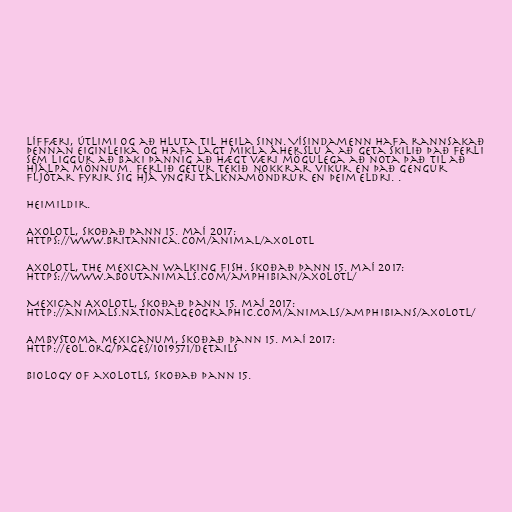
líffæri, útlimi og að hluta til heila sinn. Vísindamenn hafa rannsakað
þennan eiginleika og hafa lagt mikla áherslu á að geta skilið það ferli
sem liggur að baki þannig að hægt væri mögulega að nota það til að
hjálpa mönnum. Ferlið getur tekið nokkrar vikur en það gengur
fljótar fyrir sig hjá yngri tálknamöndrur en þeim eldri. .

Heimildir.

Axolotl, skoðað þann 15. maí 2017:
https://www.britannica.com/animal/axolotl

Axolotl, the mexican walking fish. Skoðað þann 15. maí 2017:
https://www.aboutanimals.com/amphibian/axolotl/

Mexican Axolotl, skoðað þann 15. maí 2017:
http://animals.nationalgeographic.com/animals/amphibians/axolotl/

Ambystoma mexicanum, skoðað þann 15. maí 2017:
http://eol.org/pages/1019571/details

Biology of axolotls, skoðað þann 15.